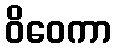
ဝိဝေကာ